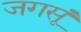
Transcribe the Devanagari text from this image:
जगसूं